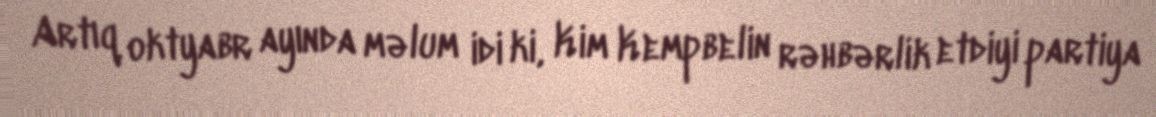
Artıq oktyabr ayında məlum idi ki, Kim Kempbelin rəhbərlik etdiyi partiya